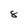
Character: 8